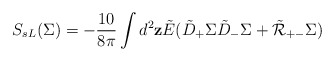
\begin{align*} S_{sL}(\Sigma) =-\frac{10}{8\pi}\int d^2{\bf z} \tilde E( \tilde D_+ \Sigma \tilde D_-\Sigma + \tilde {\cal R}_{+-} \Sigma)\end{align*}